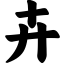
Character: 卉